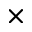
\times